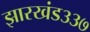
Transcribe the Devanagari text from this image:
झारखंड३३७